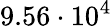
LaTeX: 9.56\cdot 10^{4}